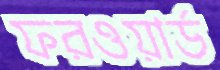
ফরওয়ার্ড